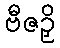
ဗီဇဉှိ